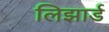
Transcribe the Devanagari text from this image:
लिझार्ड